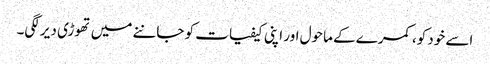
اسے خود کو، کمرے کے ماحول اور اپنی کیفیات کو جاننے میں تھوڑی دیر لگی۔